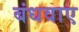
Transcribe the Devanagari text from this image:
बंधवाए